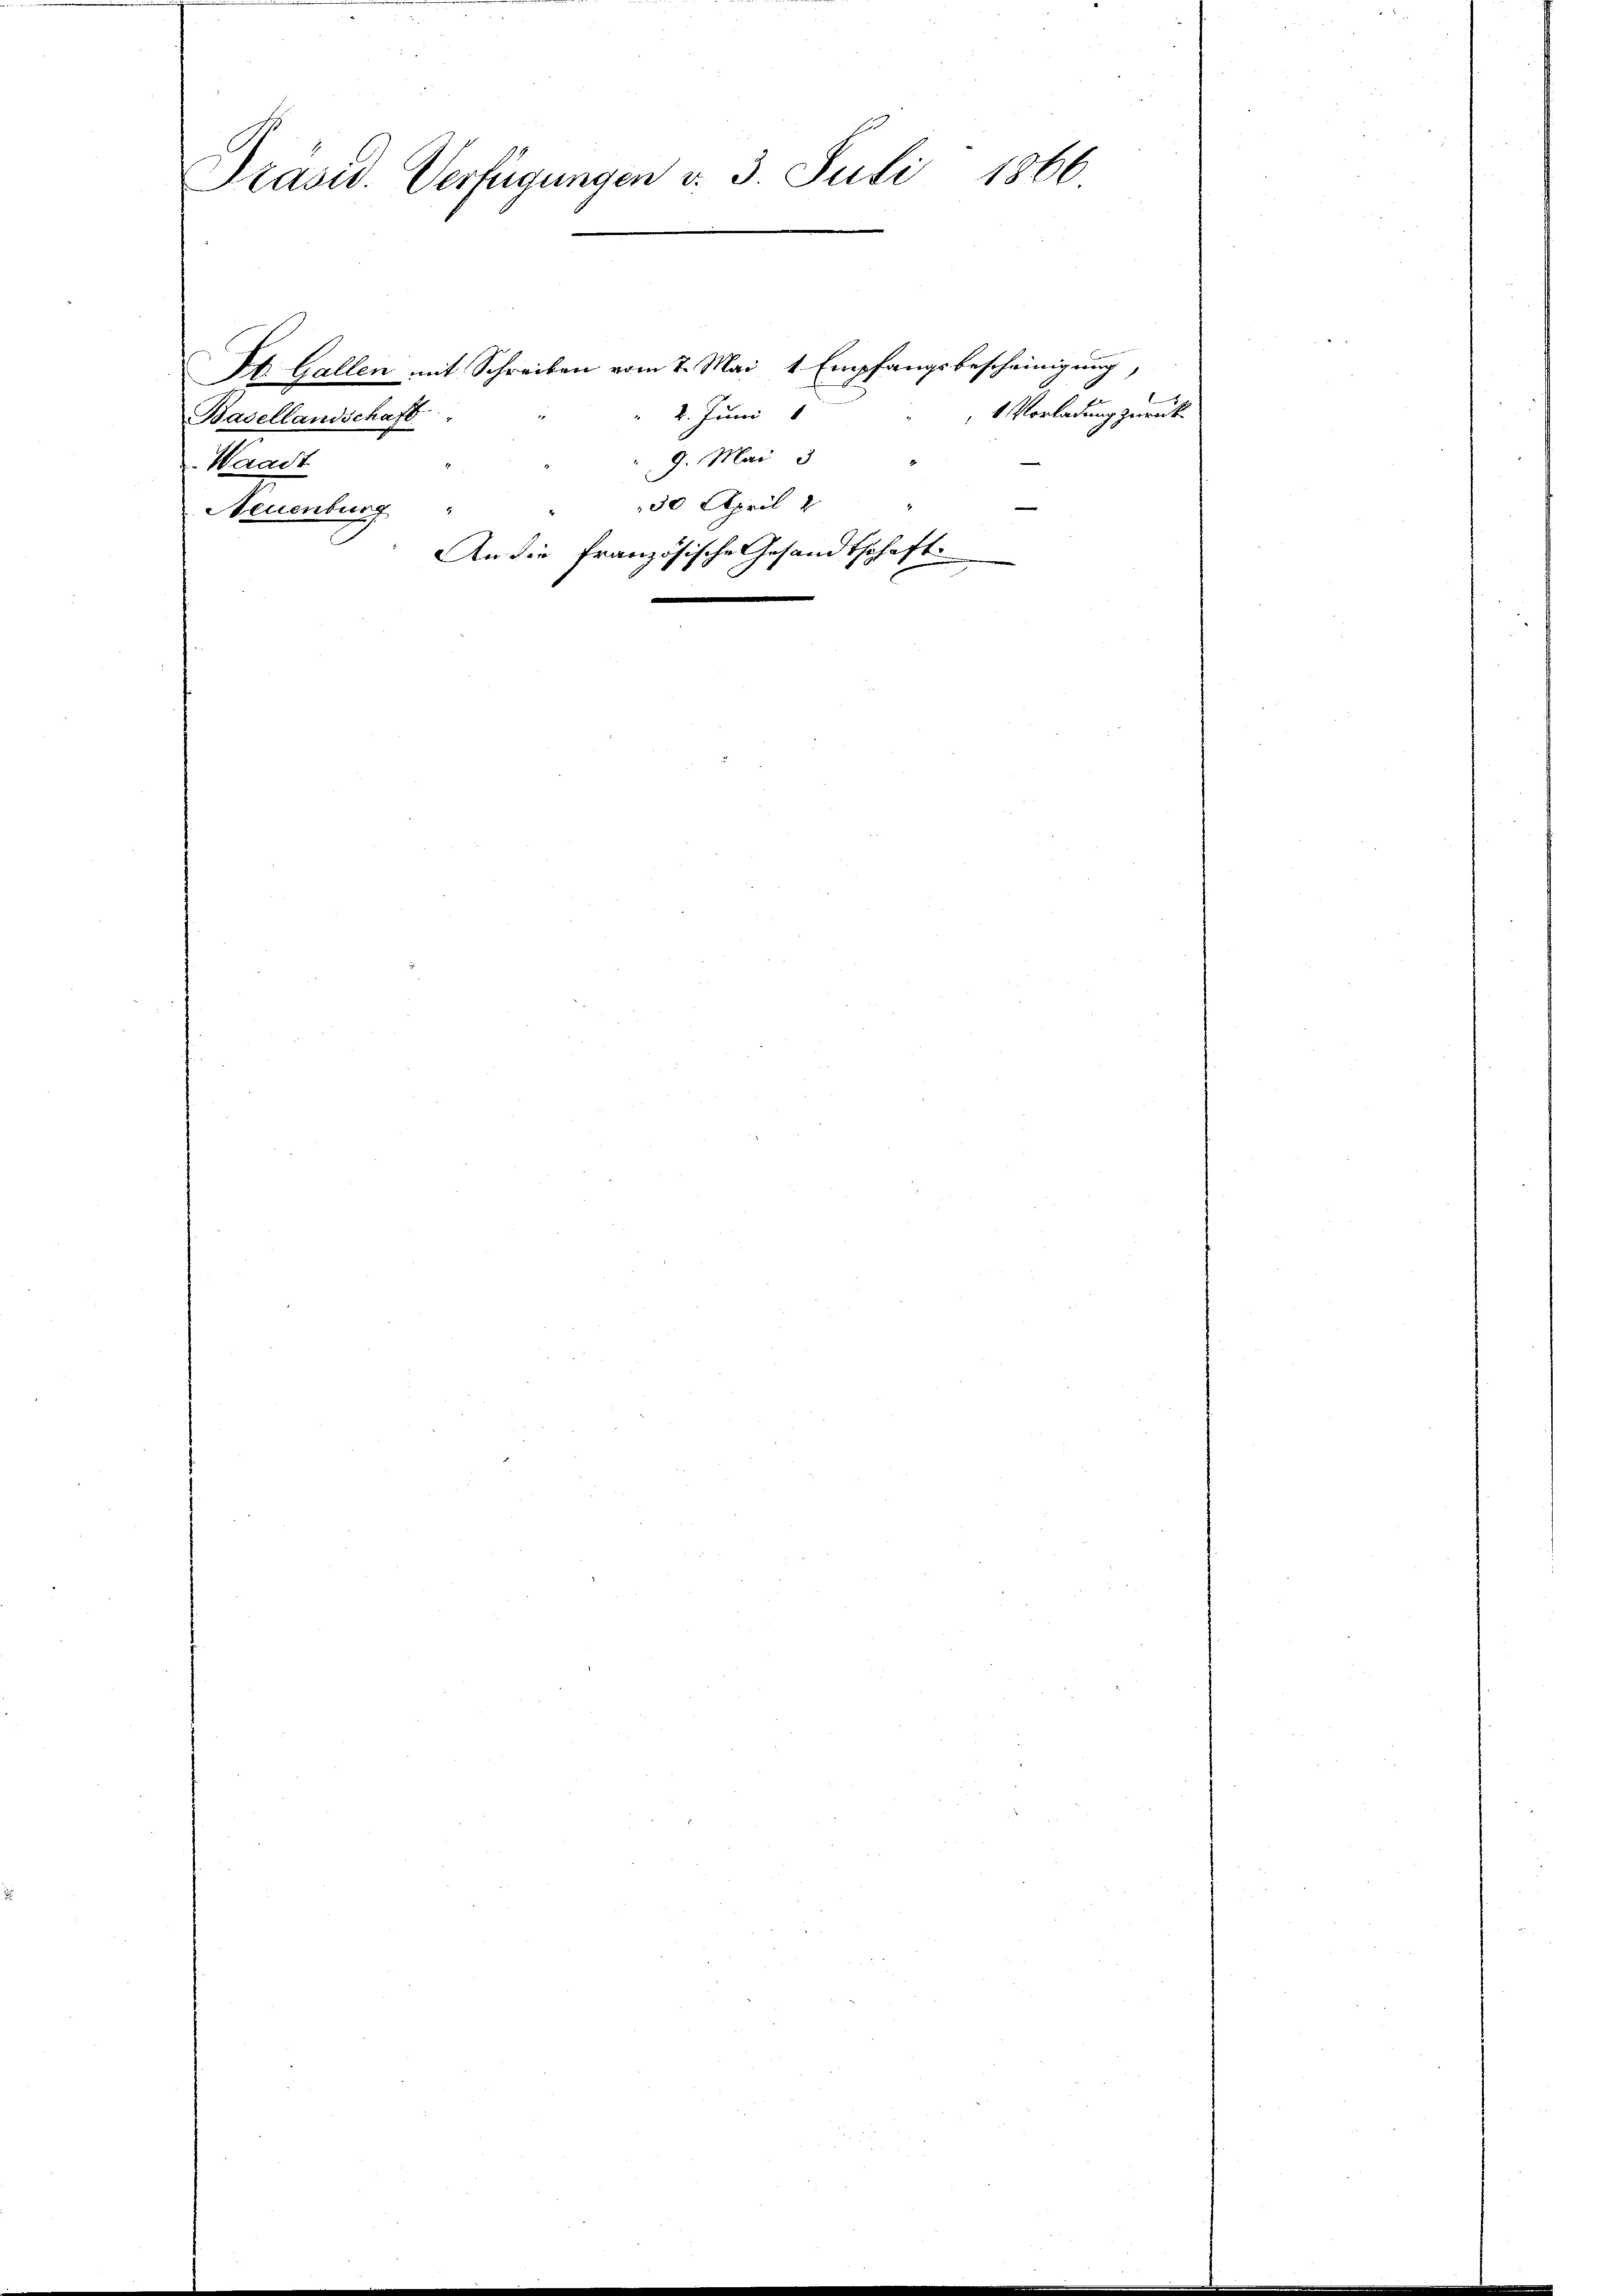
Präsid. Verfügungen v. 3. Juli 1866

St. Gallen mit Schreiben vom 7. Mai 1 Empfangsbescheinigung
2. Junii 1
Basellandschaft
9. Mai 3
Waadt
30 April 2
Neuenburg
An die französische Gesandtschaft

1 Vorladung zurück¬